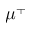
\mu ^ { + }